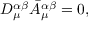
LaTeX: D _ { \mu } ^ { \alpha \beta } \bar { A } _ { \mu } ^ { \alpha \beta } = 0 ,